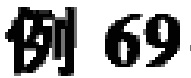
例 69